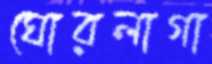
ঘোরলাগা